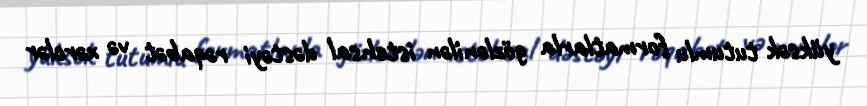
yüksək tutumlu formatlarla gözlənilən istehsal dəstəyi rəqabət və xərclər